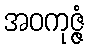
အဝကုဇ္ဇံ